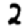
Digit: 2